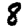
Digit: 8